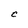
Character: C